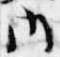
内